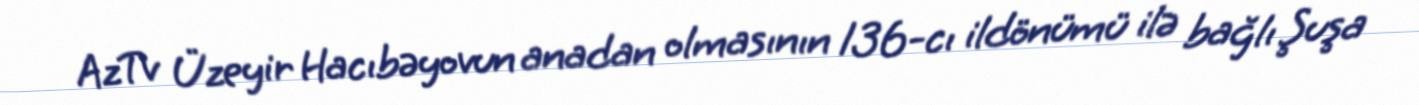
AzTv Üzeyir Hacıbəyovun anadan olmasının 136-cı ildönümü ilə bağlı Şuşa